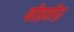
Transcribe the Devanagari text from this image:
बोइसेइ